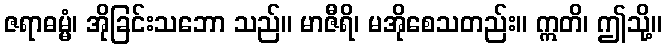
ဇရာဓမ္မံ၊ အိုခြင်းသဘော သည်။ မာဇီရိ၊ မအိုစေသတည်း။ ဣတိ၊ ဤသို့။